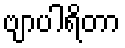
ဗျာပါရိတာ